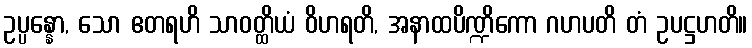
ဥပ္ပန္နော, သော ဧတရဟိ သာဝတ္ထိယံ ဝိဟရတိ, အနာထပိဏ္ဍိကော ဂဟပတိ တံ ဥပဋ္ဌဟတိ။